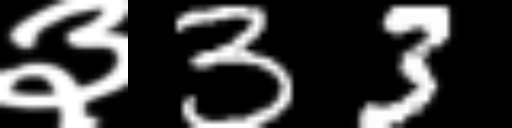
Text: ३33